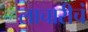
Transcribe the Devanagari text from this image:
लाचारीचं